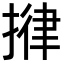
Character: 𢯰